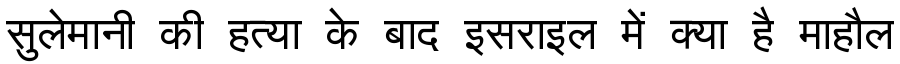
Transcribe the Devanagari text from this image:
सुलेमानी की हत्या के बाद इसराइल में क्या है माहौल